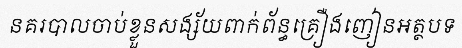
នគរបាលចាប់ខ្លួនសង្ស័យពាក់ព័ន្ធគ្រឿងញៀនអត្ថបទ